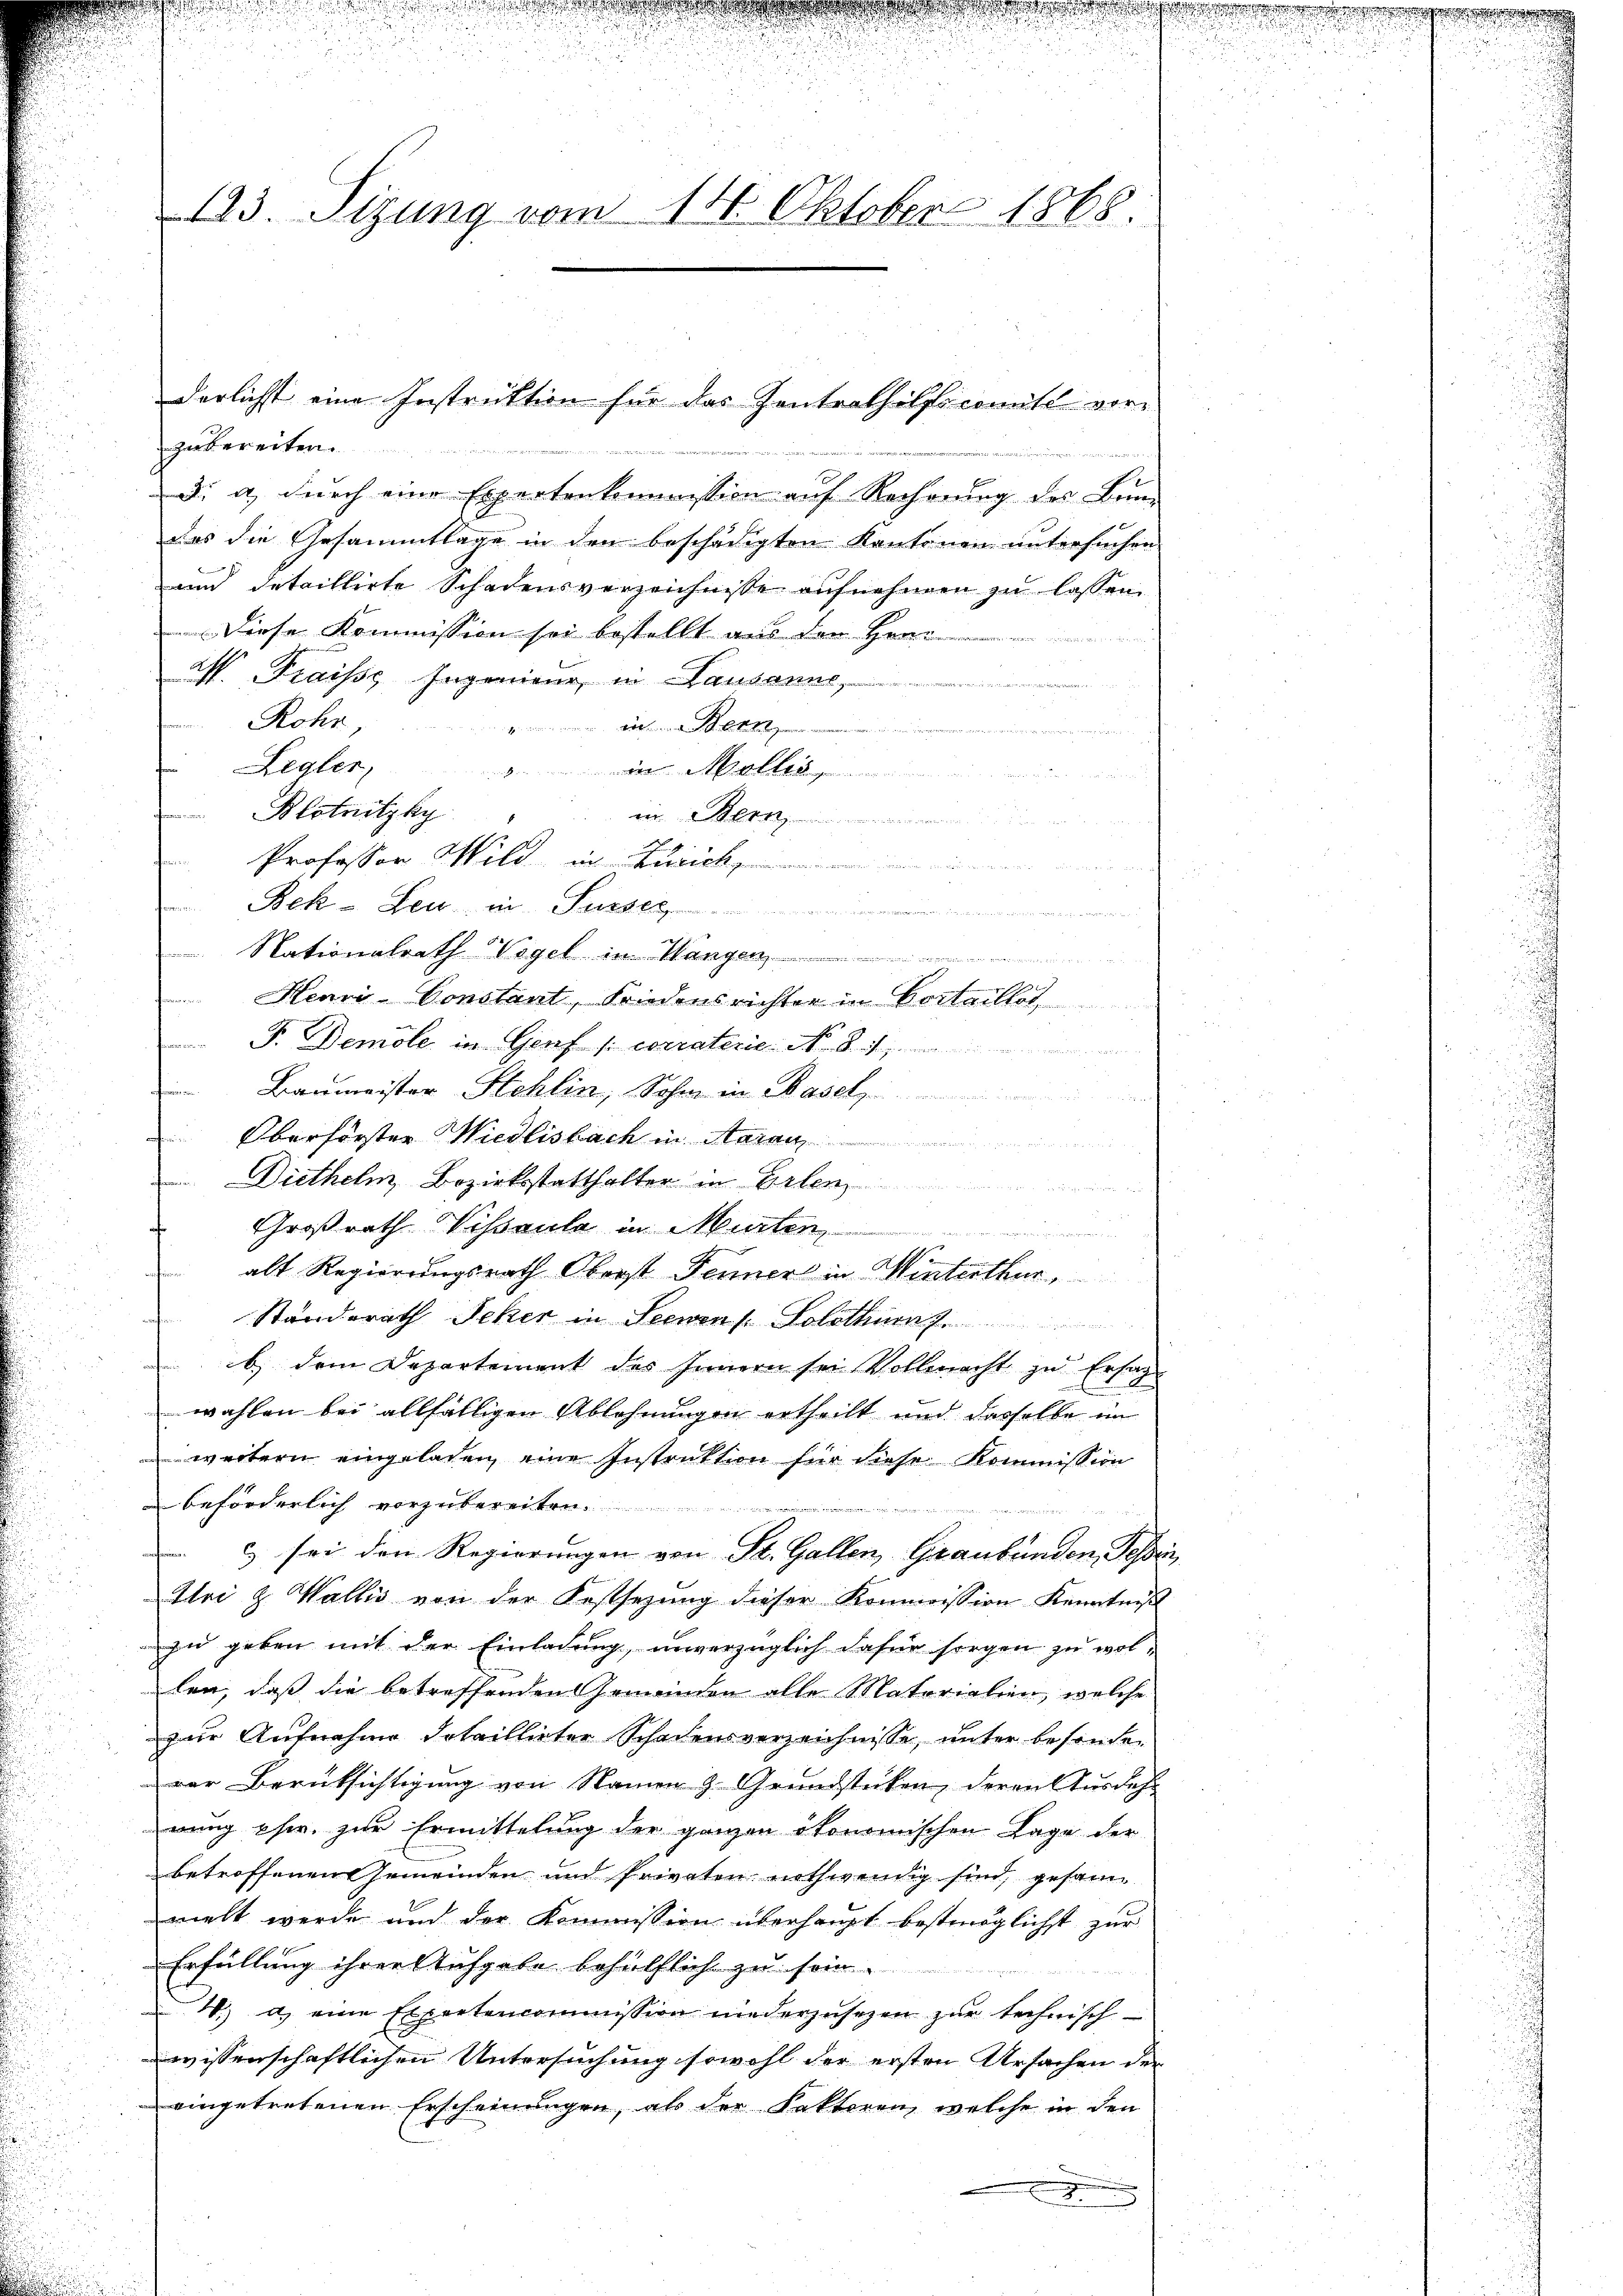
s
u
d

u
d
n

8
r
123. Sizung vom 14. Oktober 1868.

derlichst eine Instruktion für das Zentrathilficomite vor-

zubereiten.
2
3. a., durch eine Expertenkommission auf Rechnung des Bern-
das die Gesammtlage in den beschädigten Kantonen untersuchen
und detaillirte Schadensverzeichnisse aufnehmen zŭ lassen.
Diese Kommission sei bestellt aus den Herr

M. Fraisse Ingenieur, in Hausanne,
sich seinen
e
Rohr,
in Bern,
n
 in ein
Legler,
..............................
Blotnitzky
m. Bern
Professor Wild in Zürich
5
Bek u. Zeit in Surse
Nationalrath Vogel in Mangen
Henri-Constant, Friedensrichter in Vorteillet
F. Demole in Genf /: corraterie No. 8.
Baumeister Hohlin, Sohn in Basel,
Oberförster Wiedlisbach in Maien
Diethelm, Bezirksstatthalter in Erlen

Großrath Vissaula in Murten
den der eine der
.
afen
alt Regierungsrath Oberst Jenner in Winterthur,
Standerath Scher in Seewen f. Solothum
b) dem Departement des Innern sei Vollmacht zu Ersag
wahlen bei allfälligen Ablehnungen ertheilt und dasselbe im
weitern eingeladen, eine Instruktion für diese Kommission
beförderlich vorzubereiten.
2
 c) sei den Regierungen von St. Gallen, Graubünden, Fesser
Iei & Wallis von der Festsezung dieser Kommission Kenntniß
zu geben mit der Einladung, unverzüglich dafür sorgen zu wol-
len, daß die betreffenden Gemeinden alle Matorialien, welche
zir Aufnahme detaillieter Schadensverzeichnisse, unter besonden
ver Berücksichtigung von Namen & Grundstücken, deren Ausdehwung phw. zur Ermittelung der ganzen ökonomischen Lage der
betroffenen Gemeinden und Privaten nothwendig sind, gesam
vielt werde und der Kommission überhaupt bestmöglichst zur
Erfüllung ihrer Aufgabe behülflich zu sein.

W. d. eine Expertencommission niederzusetzen zŭr technisch-
wissenschaftlichen Untersuchung sowohl der ersten Ursachen der
eingetretenen Erscheinungen, als der Faktoren, welche in den
d

g

.

d